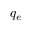
q _ { e }